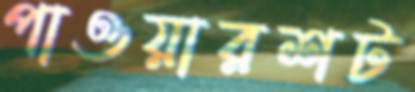
পাওয়ারশট